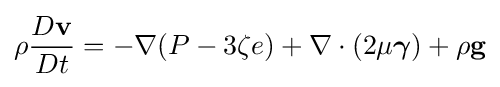
\rho {\frac {D\mathbf {v} }{Dt}}=-\nabla (P-3\zeta e)+\nabla \cdot (2\mu {\boldsymbol {\gamma }})+\rho \mathbf {g}